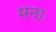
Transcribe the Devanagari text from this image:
मनाः